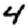
Digit: 4